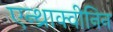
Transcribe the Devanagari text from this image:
एन्थ्राक्वीनिन